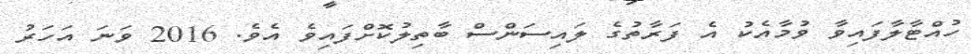
ހުއްޓާލާފައިވާ ވުމާއެކު އެ ފަރާތުގެ ލައިސަންސް ބާތިލުކޮށްފައިވެ އެވެ. 2016 ވަނަ އަހަރު